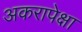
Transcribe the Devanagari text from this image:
अकरापेक्षा